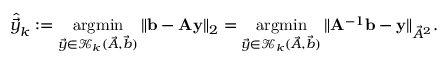
\hat { \vec { y } } _ { k } : = \operatornamewithlimits { a r g m i n } _ { \vec { y } \in \mathcal { K } _ { k } ( \vec { A } , \vec { b } ) } \| \mathbf { b } - \mathbf { A } \mathbf { y } \| _ { 2 } = \operatornamewithlimits { a r g m i n } _ { \vec { y } \in \mathcal { K } _ { k } ( \vec { A } , \vec { b } ) } \| \mathbf { A } ^ { - 1 } \mathbf { b } - \mathbf { y } \| _ { \vec { A } ^ { 2 } } .